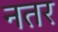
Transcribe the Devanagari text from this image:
नतर